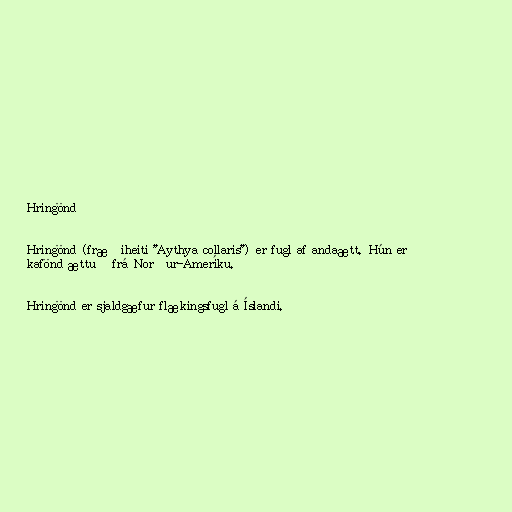
Hringönd

Hringönd (fræðiheiti "Aythya collaris") er fugl af andaætt. Hún er
kafönd ættuð frá Norður-Ameríku.

Hringönd er sjaldgæfur flækingsfugl á Íslandi.